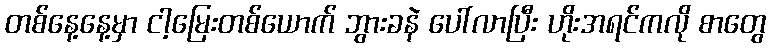
တစ်နေ့နေ့မှာ ငါ့မြေးတစ်ယောက် ဘွားခနဲ ပေါ်လာပြီး ဟိုးအရင်ကလို စာတွေ